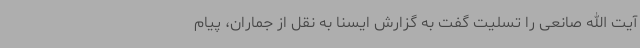
آیت الله صانعی را تسلیت گفت به گزارش ایسنا به نقل از جماران، پیام